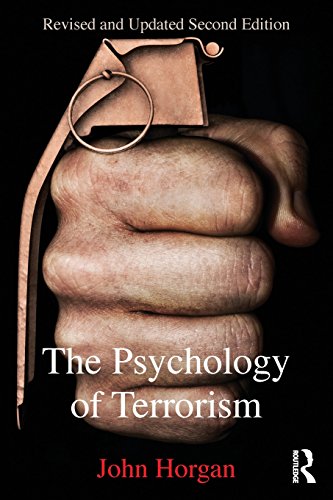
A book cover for The Psychology of Terrorism (Political Violence); John Horgan; Medical Books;